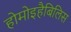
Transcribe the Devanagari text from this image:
होमोइहैबिलिस